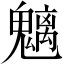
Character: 魑